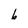
Character: b